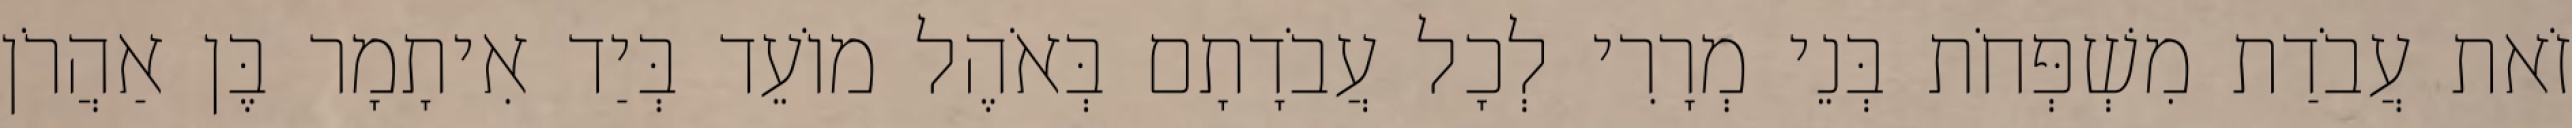
זֹאת עֲבֹדַת מִשְׁפְּחֹת בְּנֵי מְרָרִי לְכָל עֲבֹדָתָם בְּאֹהֶל מוֹעֵד בְּיַד אִיתָמָר בֶּן אַהֲרֹן